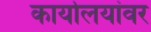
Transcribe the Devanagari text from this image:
कार्यालयांवर